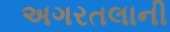
અગરતલાની